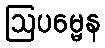
ဩပမ္မေန